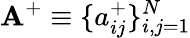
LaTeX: \mathbf{A}^{+}\equiv\{ a_{ij}^{+}\} _{i,j=1}^{N}